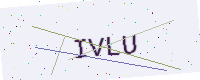
Text: IVLU